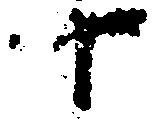
十